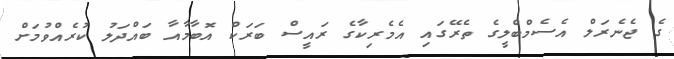
ގެ ޖެނެރަލް އެސެމްބްލީގެ ތެރޭގައި އެމެރިކާގެ ރައީސް ބަރަކް އޮބާމާއާ ބައްދަލު ކުރެއްވުމަށް